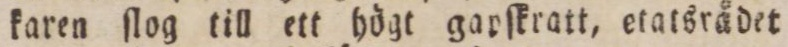
karen ſlog till ett högt gopſkratt, etatsrådet